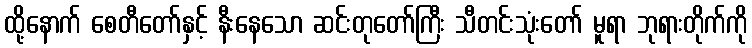
ထို့နောက် စေတီတော်နှင့် နီးနေသော ဆင်းတုတော်ကြီး သီတင်းသုံးတော် မူရာ ဘုရားတိုက်ကို